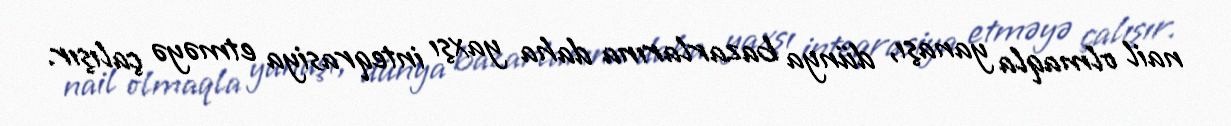
nail olmaqla yanaşı, dünya bazarlarına daha yaxşı inteqrasiya etməyə çalışır.